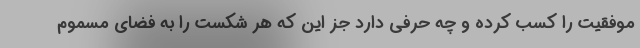
موفقیت را کسب کرده و چه حرفی دارد جز این که هر شکست را به فضای مسموم